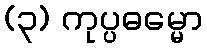
(၃) ကုပ္ပဓမ္မော